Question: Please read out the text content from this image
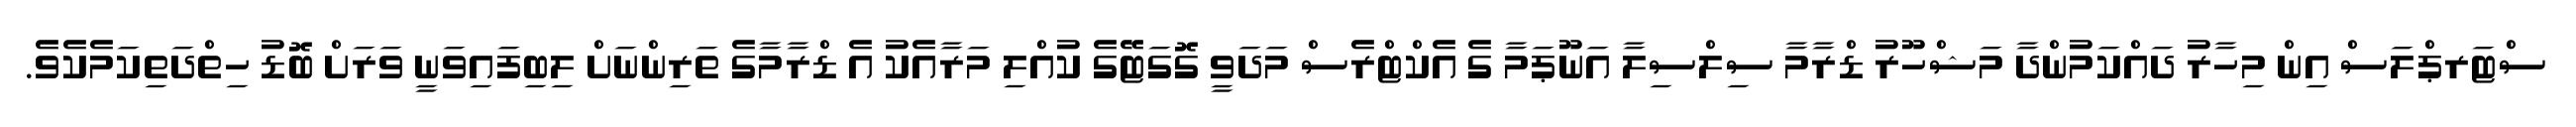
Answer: ސްޓަރޕްލަސް އިން މިހާރު ދައްކަމުންދާ މަޝްހޫރު ޑްރާމާ ސިލްސިލާ އަނޫޕަމާ ގެ އެކްޓްރެސް މަދަވީ ގޮގަޓޭގެ ކުއްލި މަރާއެކު އެ ޑްރާމާގެ ތަރިންނަށް ލިބިފައިވަނީ ވަރަށް ބޮޑު ހިތްދަތިކަމެކެވެ.